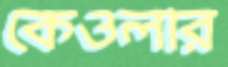
কেওলার